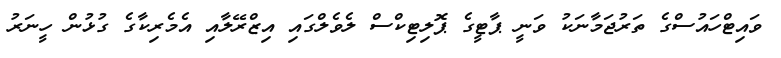
ވައިޓްހައުސްގެ ތަރުޖަމާނަކު ވަނީ ޕާޓީގެ ޕޮލިޓިކްސް ލެވެލްގައި އިޒްރޭލާއި އެމެރިކާގެ ގުޅުން ހީނަރު